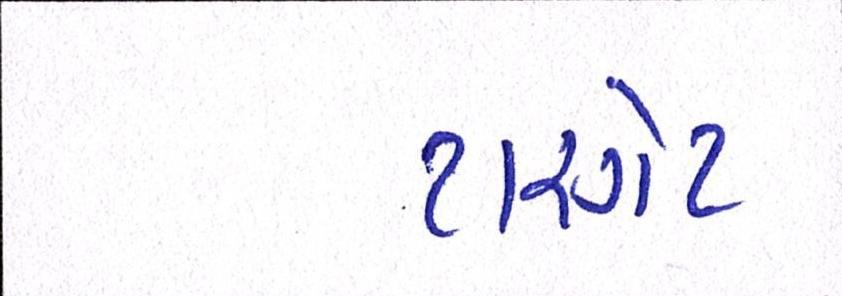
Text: ટારગેટ